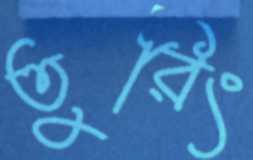
তুরিং